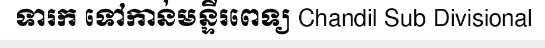
ទារក ទៅកាន់មន្ទីរពេទ្យ Chandil Sub Divisional